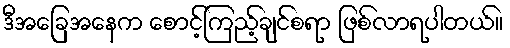
ဒီအခြေအနေက စောင့်ကြည့်ချင်စရာ ဖြစ်လာရပါတယ်။